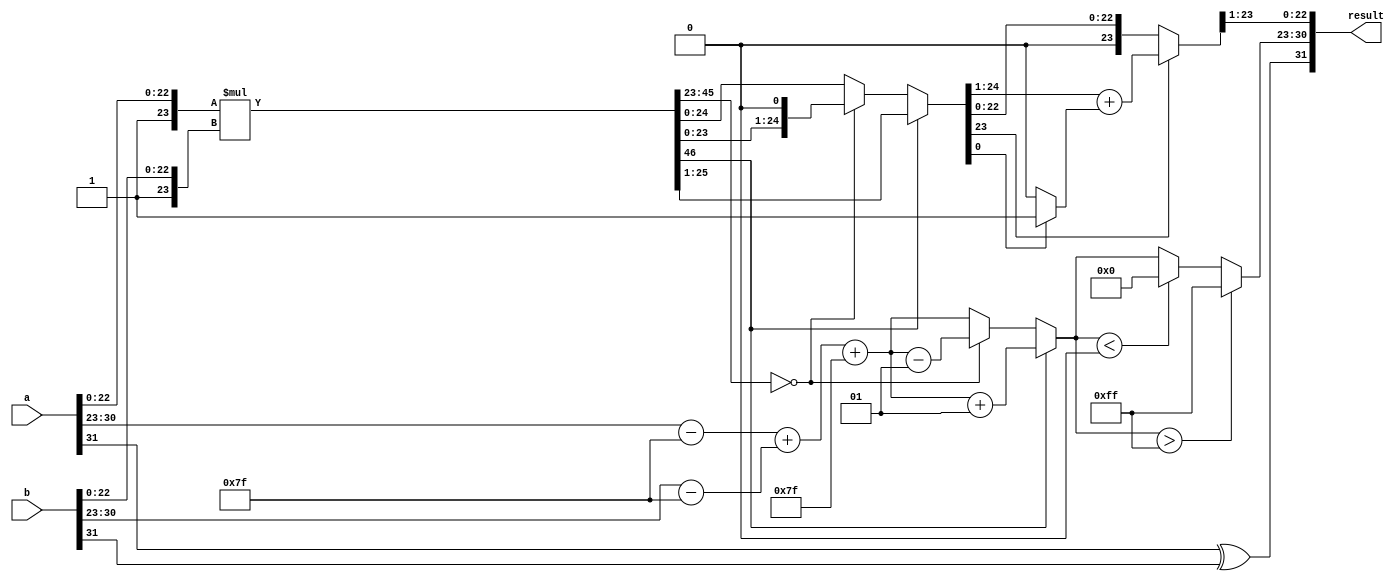
module floating_point_multiplier (
    input wire [31:0] a, // First floating-point input
    input wire [31:0] b, // Second floating-point input
    output reg [31:0] result // Resulting floating-point output
);

    // Sign, exponent, and significand extraction
    wire S_a = a[31]; 
    wire S_b = b[31];
    wire [7:0] E_a = a[30:23];
    wire [7:0] E_b = b[30:23];
    wire [23:0] M_a = {1'b1, a[22:0]}; // Implicit leading 1
    wire [23:0] M_b = {1'b1, b[22:0]}; // Implicit leading 1

    // Sign calculation
    wire S_result = S_a ^ S_b;

    // Exponent calculation
    wire signed [8:0] exp_a = {1'b0, E_a} - 127; // Adjusted exponent for a
    wire signed [8:0] exp_b = {1'b0, E_b} - 127; // Adjusted exponent for b
    wire signed [8:0] exp_result = exp_a + exp_b + 127; // Result exponent

    // Significand multiplication
    wire [46:0] significand_product = M_a * M_b; // Product of significands

    // Normalization
    reg [46:0] significand_normalized;
    reg [7:0] exponent_normalized;
    
    always @(*) begin
        // Normalize the product
        if (significand_product[46]) begin // More than 1 (greater than or equal to 2)
            significand_normalized = significand_product >> 1; // Right shift
            exponent_normalized = exp_result + 1; // Increment exponent
        end else if (significand_product[45:23] == 0) begin // Less than 1
            significand_normalized = significand_product << 1; // Left shift
            exponent_normalized = exp_result - 1; // Decrement exponent
        end else begin
            significand_normalized = significand_product; // Already normalized
            exponent_normalized = exp_result; // Keep the exponent
        end
    end

    // Rounding (simple round to nearest)
    reg [24:0] significand_rounded;
    always @(*) begin
        if (significand_normalized[23]) begin
            significand_rounded = significand_normalized[24:1] + (significand_normalized[0] ? 1 : 0);
        end else begin
            significand_rounded = significand_normalized[23:0];
        end
    end

    // Output assignment
    always @(*) begin
        result[31] = S_result; // Sign of the result
        result[30:23] = (exponent_normalized > 255) ? 8'hFF : (exponent_normalized < 0) ? 8'h00 : exponent_normalized[7:0]; // Exponent with saturation
        result[22:0] = significand_rounded[23:1]; // 23 bit significand
    end

endmodule